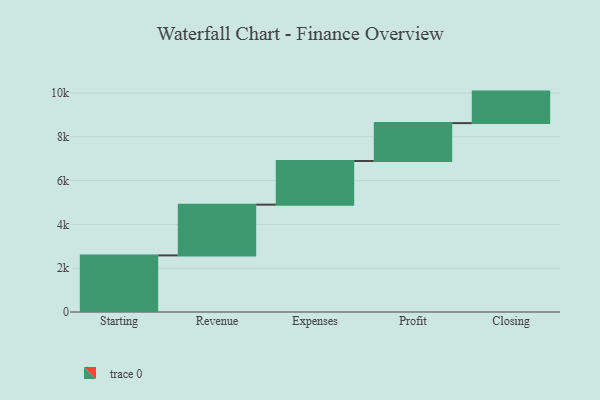
{"axis": {"x": "Step", "y": "Value"}, "legend": [""], "data": [{"x": "Starting", "y": 2584.0, "type": ""}, {"x": "Revenue", "y": 2317.0, "type": ""}, {"x": "Expenses", "y": 1993.0, "type": ""}, {"x": "Profit", "y": 1728.0, "type": ""}, {"x": "Closing", "y": 1439.0, "type": ""}]}